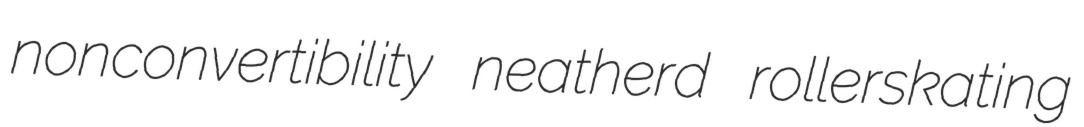
nonconvertibility neatherd rollerskating